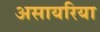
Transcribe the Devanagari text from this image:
असायरिया